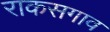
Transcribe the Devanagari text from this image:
राकसगाव